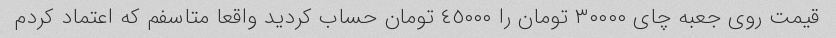
قیمت روی جعبه چای ٣٠٠٠٠ تومان را ٤٥٠٠٠ تومان حساب کردید واقعا متاسفم که اعتماد کردم